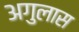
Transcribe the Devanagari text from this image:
अगुलास